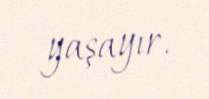
yaşayır.